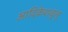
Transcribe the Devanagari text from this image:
आदिकेशवुलू